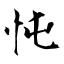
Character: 忳